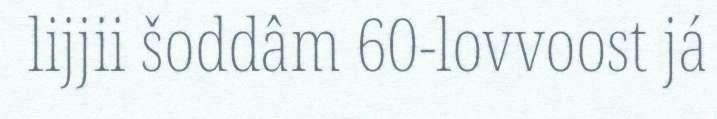
lijjii šoddâm 60-lovvoost já